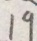
1 9